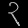
Digit: ၃